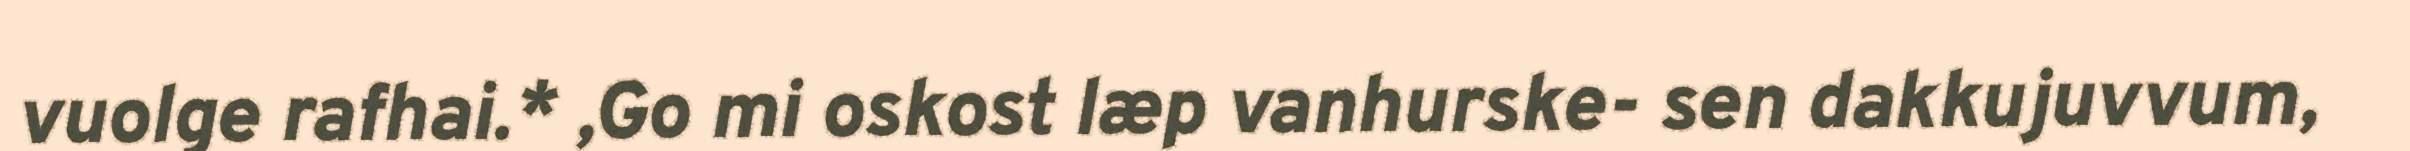
vuolge rafhai.* ,Go mi oskost læp vanhurske- sen dakkujuvvum,